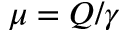
\mu = Q / \gamma